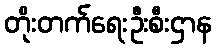
တိုးတက်ရေးဦးစီးဌာန